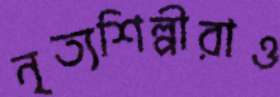
নৃত্যশিল্পীরাও